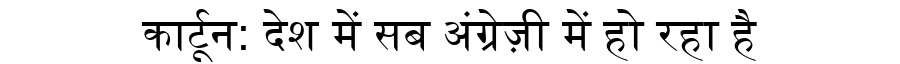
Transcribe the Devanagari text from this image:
कार्टून: देश में सब अंग्रेज़ी में हो रहा है